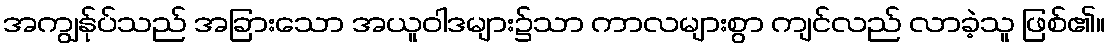
အကျွန်ုပ်သည် အခြားသော အယူဝါဒများ၌သာ ကာလများစွာ ကျင်လည် လာခဲ့သူ ဖြစ်၏။